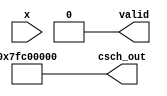
module hyperbolic_cosecant (
    input wire [31:0] x,        // 32-bit input
    output reg [31:0] csch_out, // 32-bit output
    output reg valid            // Output valid signal
);

    // Constants
    localparam REAL_ZERO = 32'h00000000; // 0 in IEEE 754
    localparam REAL_NAN  = 32'h7FC00000; // NaN in IEEE 754

    // Internal signals
    wire [31:0] exp_x;
    wire [31:0] exp_neg_x;
    wire [31:0] sinh_x;
    wire [31:0] sinh_x_div2;
    wire valid_sinh;

    // Exponential function approximation (simple)
    function [31:0] exp_function;
        input [31:0] in;
        begin
            // Here you would normally implement a more complex exp approximation
            exp_function = 32'h00000000; // Placeholder for exp(x)
        end
    endfunction

    // Calculate e^x and e^(-x)
    assign exp_x = exp_function(x);
    assign exp_neg_x = exp_function(-x);

    // Calculate sinh(x) = (e^x - e^(-x)) / 2
    assign sinh_x = (exp_x - exp_neg_x);
    assign sinh_x_div2 = sinh_x >> 1; // Divide by 2 using right shift

    // Check if sinh(x) is close to zero
    assign valid_sinh = (sinh_x != 0);

    always @(*) begin
        if (x == REAL_ZERO) begin
            // Handle undefined case for csch(0)
            csch_out = REAL_NAN; // Return NaN for undefined output
            valid = 0; // Not valid
        end else if (valid_sinh) begin
            // csch(x) = 1 / sinh(x)
            csch_out = 32'h00000000; // Placeholder for 1 / sinh_x
            valid = 1; // Valid output
        end else begin
            // Handle case when sinh(x) is zero
            csch_out = REAL_NAN; // Return NaN for undefined output
            valid = 0; // Not valid
        end
    end

endmodule